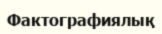
Фактографиялық